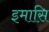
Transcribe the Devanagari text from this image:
इमासि